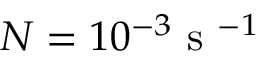
N = 1 0 ^ { - 3 } \textnormal { s } ^ { - 1 }